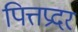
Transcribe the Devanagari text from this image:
पित्तप्रदर